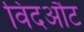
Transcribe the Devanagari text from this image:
विदऔट